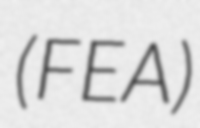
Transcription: (FEA)